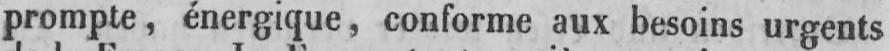
prompte, énergique, conforme aux besoins urgents